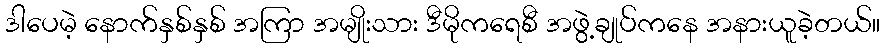
ဒါပေမဲ့ နောက်နှစ်နှစ် အကြာ အမျိုးသား ဒီမိုကရေစီ အဖွဲ့ချုပ်ကနေ အနားယူခဲ့တယ်။